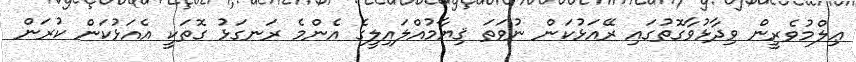
ޢިލްމުވެރީން ވިދާޅުވާގޮތުގައި ރޭއަޅުކަން ނުވަތަ ޤިޔާމުއްލައިލީގެ އެންމެ ރަނގަޅު ގޮތަކީ އެއަޅުކަން ކުރަން